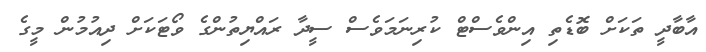
އާބާދީ ތަކަށް ބޮޑެތި އިންވެސްޓް ކުރިނަމަވެސް ސީދާ ރައްޔިތުންގެ ވޯޓަކަށް ދިއުމުން މީގެ